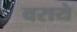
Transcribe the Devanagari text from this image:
वराये